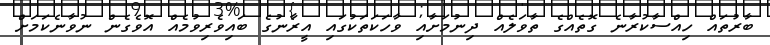
ބާރުތައް ހިއްސާކުރާނެ ގޮތެއްގެ ތާވަލެއް ދިނުމަށާއި ވާހަކަތަކުގައި އީރާނުގެ ބައިވެރިވުމެއް އޮވެގެން ނުވާނެކަމަށް